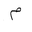
Letter: _mim